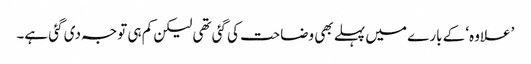
’علاوہ‘ کے بارے میں پہلے بھی وضاحت کی گئی تھی لیکن کم ہی توجہ دی گئی ہے۔